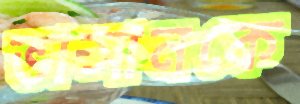
ভাসানকে